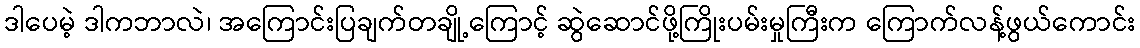
ဒါပေမဲ့ ဒါကဘာလဲ၊ အကြောင်းပြချက်တချို့ကြောင့် ဆွဲဆောင်ဖို့ကြိုးပမ်းမှုကြီးက ကြောက်လန့်ဖွယ်ကောင်း